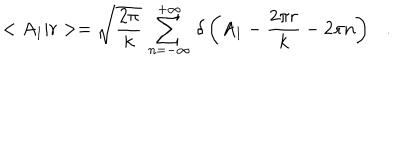
LaTeX: < A _ { 1 } | r > = \sqrt { \frac { 2 \pi } { k } } \, \sum _ { n = - \infty } ^ { + \infty } \, \delta \left( A _ { 1 } - \frac { 2 \pi r } { k } - 2 \pi n \right) \ \ \ .